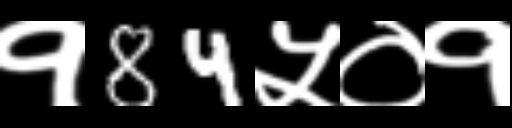
Text: १84५०१